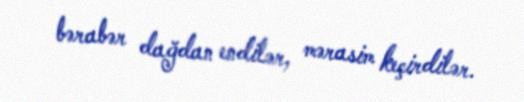
bərabər dağdan endilər, mərasim keçirdilər.